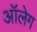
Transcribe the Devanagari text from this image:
आॅलेग